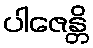
ပါဇေန္တိ